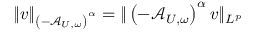
\Vert v \Vert _ { \left( - \mathcal { A } _ { U , \omega } \right) ^ { \alpha } } = \Vert \left( - \mathcal { A } _ { U , \omega } \right) ^ { \alpha } v \Vert _ { L ^ { p } }